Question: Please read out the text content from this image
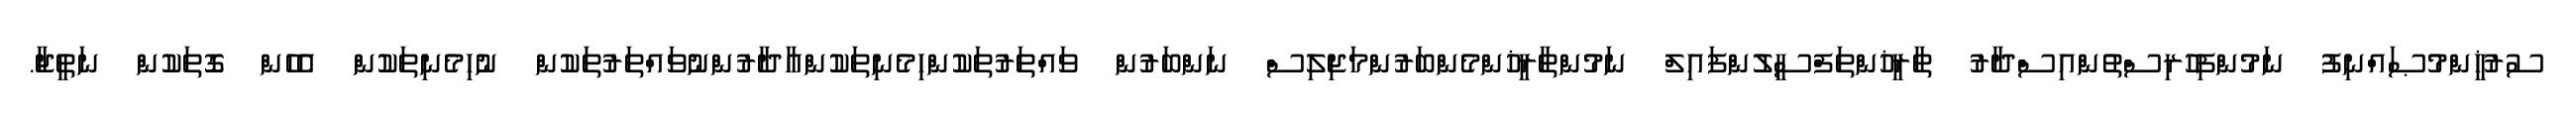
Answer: ސުރުޚީންމުޞައްނިފު ނަމުންފިހުރިސްތުންއިސްދާރު ތާރީޚުންތަފްސީލުންފައިލް ނަމުންތާރީޚުންމެންބަރުންމަޖިލިސް ނަންބަރުން ވައްތަރުތަކުންހިމެނިތަކުންއާދާރުންނުވައްތަރުތަކުން ނުހިމެނިތަކުން އެހެން ގޮތަކުން ނަތީޖާ.